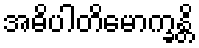
အဓိပါတိမောက္ခန္တိ